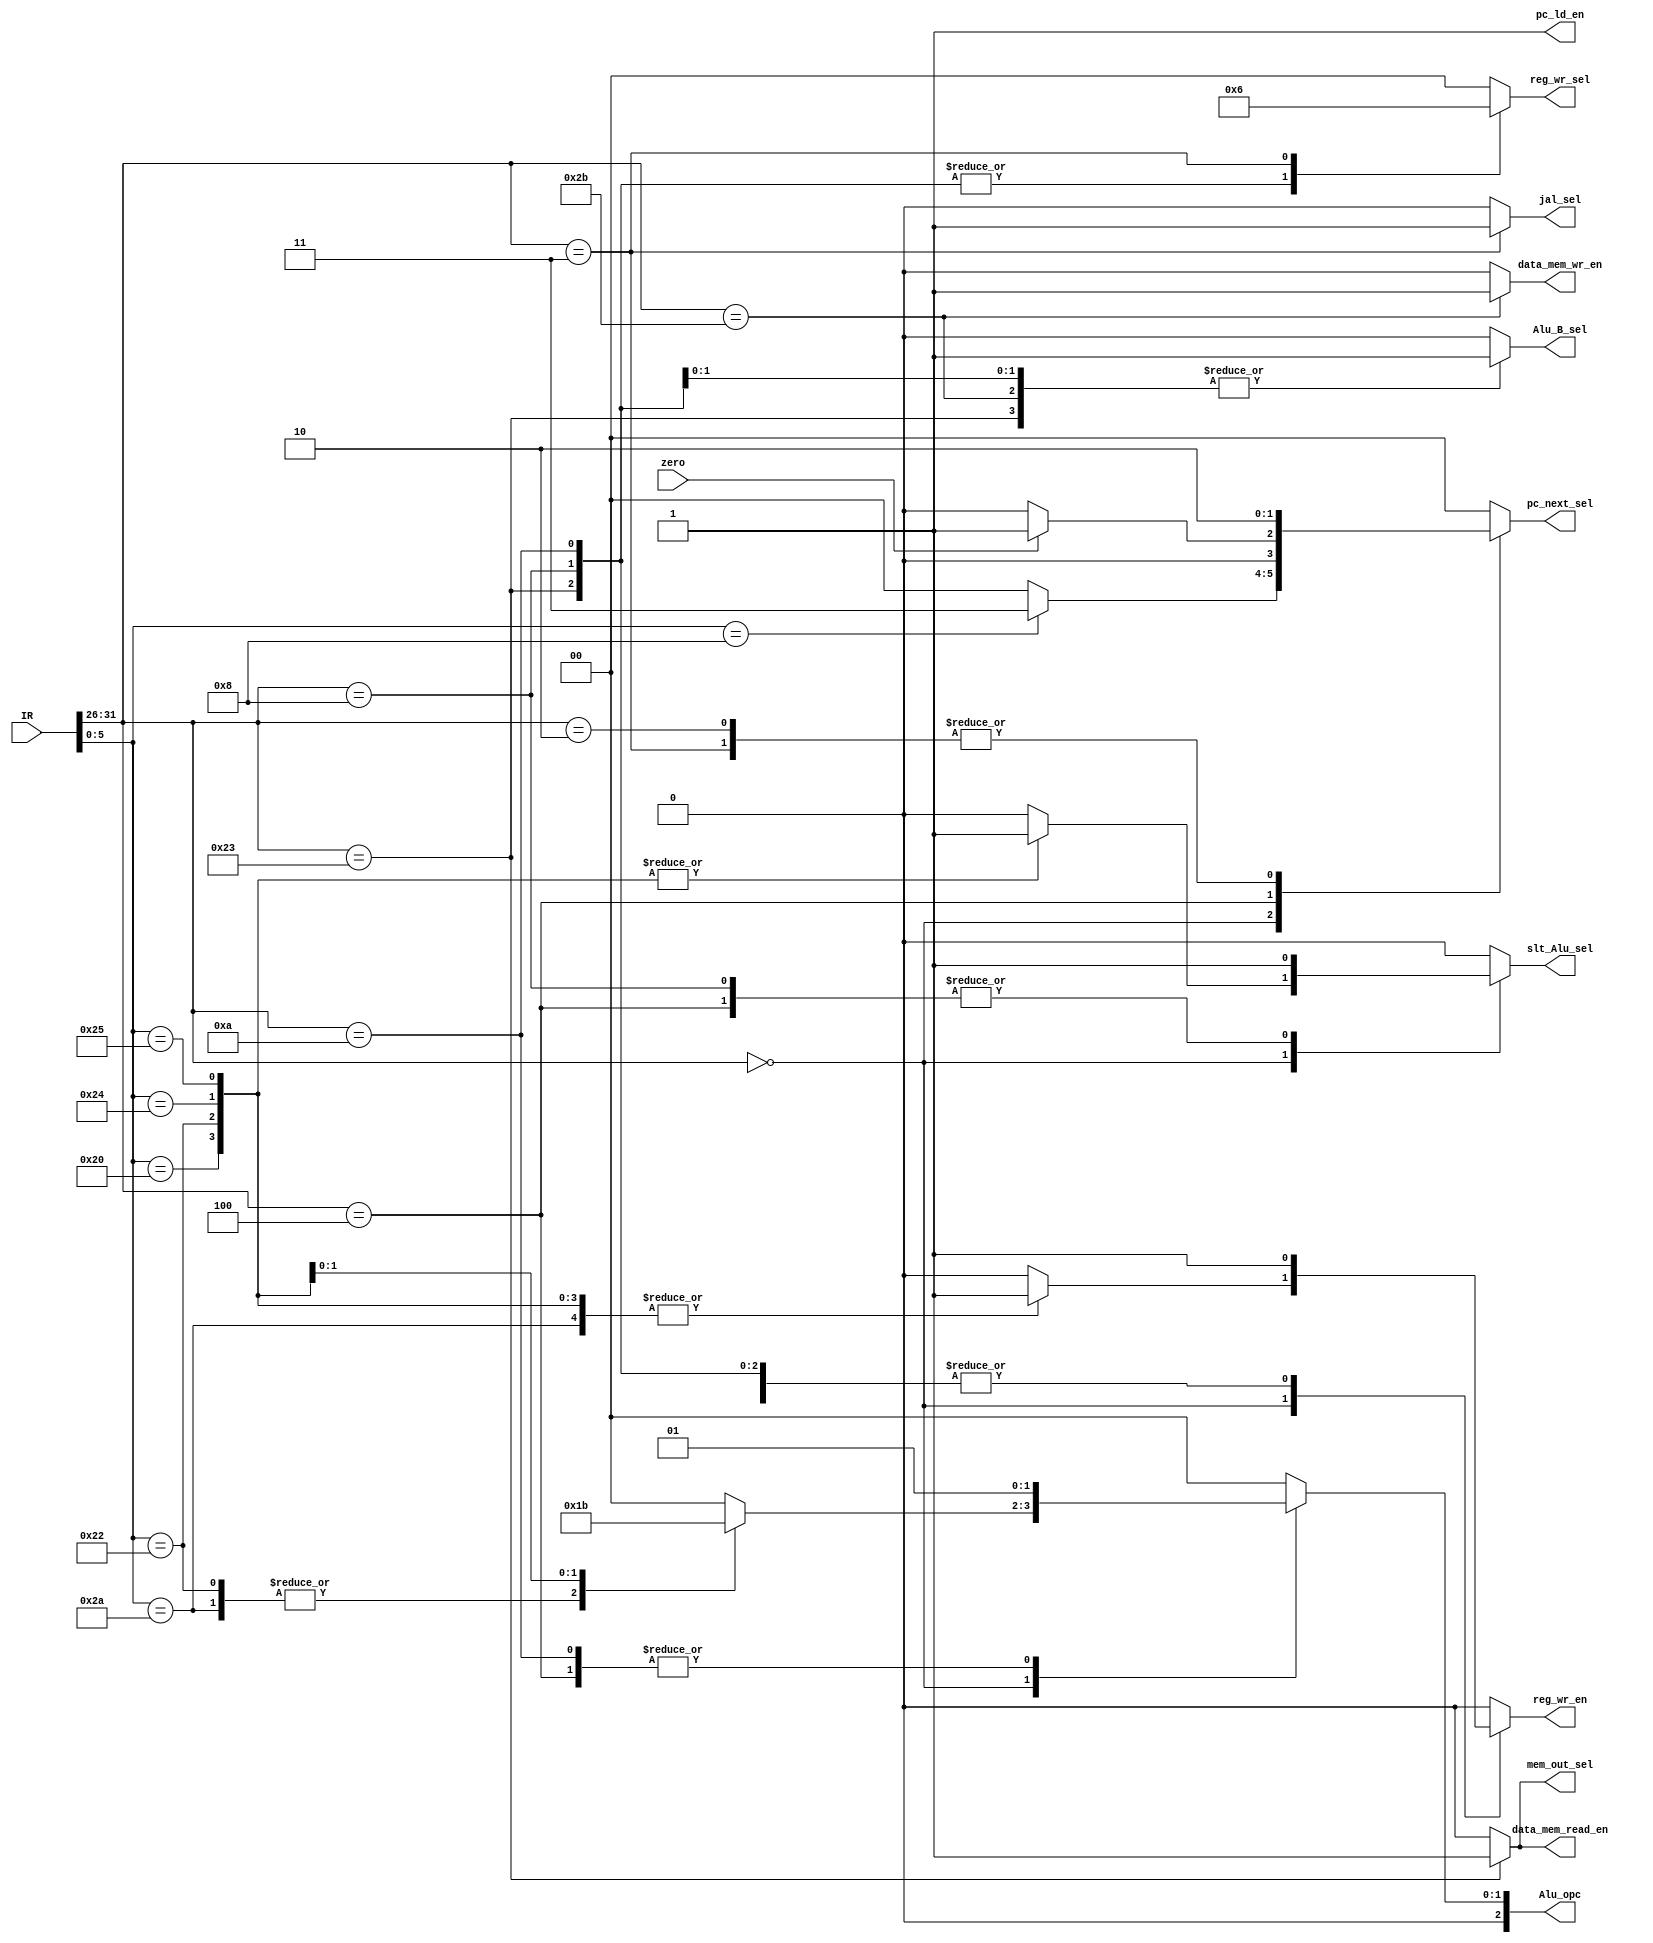
// This program was cloned from: https://github.com/sep-81/Computer-Architecture-Course-Projects
// License: MIT License

`timescale 1ps / 1ps
`define R_type 6'b0 
`define addi 6'b001000 
`define slti 6'b001010
`define lw 6'b100011
`define sw 6'b101011
`define beq 6'b000100
`define j 6'b000010
`define jal 6'b000011
`define f_add 6'b100000
`define f_sub 6'b100010
`define f_slt 6'b101010
`define f_and 6'b100100
`define f_or 6'b100101
`define f_jr 6'b001000
`define alu_add 2'b0
`define alu_sub 2'b01
`define alu_and 2'b10
`define alu_or 2'b11
module MIPSController (
    IR,
    zero,
    reg_wr_en,
    reg_wr_sel,
    pc_ld_en,
    pc_next_sel,
    Alu_opc,
    Alu_B_sel,
    data_mem_wr_en,
    data_mem_read_en,
    mem_out_sel,
    jal_sel,
    slt_Alu_sel
);
  input [31:0] IR;
  input zero;
  output reg reg_wr_en,pc_ld_en,Alu_B_sel,data_mem_wr_en,data_mem_read_en,mem_out_sel,jal_sel,slt_Alu_sel;
  output reg [1:0] reg_wr_sel, pc_next_sel;
  output reg [2:0] Alu_opc;
  reg ps, ns;
  wire [5:0] IR_opc, IR_func;
  assign IR_opc  = IR[31:26];
  assign IR_func = IR[5:0];
  always @(IR or zero) begin
    {reg_wr_en,Alu_B_sel,data_mem_wr_en,data_mem_read_en,mem_out_sel,jal_sel,slt_Alu_sel,
    reg_wr_sel,pc_next_sel,Alu_opc} = 'b0;
    pc_ld_en = 1'b1;
    case (IR_opc)
      `R_type: begin
        case (IR_func)
          `f_add: begin
            {reg_wr_en, slt_Alu_sel} = 2'b11;
            Alu_opc = `alu_add;
          end
          `f_sub: begin
            {reg_wr_en, slt_Alu_sel} = 2'b11;
            Alu_opc = `alu_sub;
          end
          `f_slt: begin
            reg_wr_en = 1'b1;
            slt_Alu_sel = 1'b0;
            Alu_opc = `alu_sub;
          end
          `f_and: begin
            {reg_wr_en, slt_Alu_sel} = 2'b11;
            Alu_opc = `alu_and;
          end
          `f_or: begin
            {reg_wr_en, slt_Alu_sel} = 2'b11;
            Alu_opc = `alu_or;
          end
          `f_jr: begin
            reg_wr_en   = 0;
            pc_next_sel = 2'b11;
          end
        endcase
      end
      `addi: begin
        {reg_wr_en, Alu_B_sel, slt_Alu_sel} = 3'b111;
        reg_wr_sel = 2'b01;
        Alu_opc = `alu_add;
      end
      `slti: begin
        {reg_wr_en, Alu_B_sel} = 2'b11;
        reg_wr_sel = 2'b01;
        Alu_opc = `alu_sub;
      end
      `lw: begin
        {reg_wr_en, Alu_B_sel, data_mem_read_en, mem_out_sel} = 4'b1111;
        reg_wr_sel = 2'b01;
        Alu_opc = `alu_add;
      end
      `sw: begin
        {Alu_B_sel, data_mem_wr_en} = 4'b1111;
        Alu_opc = `alu_add;
      end
      `beq: begin
        Alu_opc = `alu_sub;
        pc_next_sel = (zero == 1'b1) ? 2'b01 : 2'b0;
        slt_Alu_sel = 1'b1;
      end
      `j: begin
        pc_next_sel = 2'b10;
      end
      `jal: begin
        {reg_wr_en, jal_sel} = 2'b11;
        reg_wr_sel = 2'b10;
        pc_next_sel = 2'b10;
      end
      //default: pc_ld_en = 1'b0;

    endcase
  end
endmodule